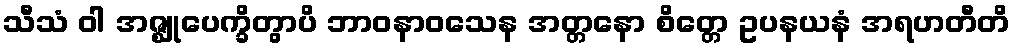
သီသံ ဝါ အဇ္ဈုပေက္ခိတွာပိ ဘာဝနာဝသေန အတ္တနော စိတ္တေ ဥပနယနံ အရဟတီတိ